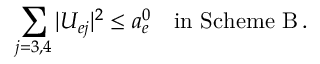
\sum _ { j = 3 , 4 } | U _ { e j } | ^ { 2 } \leq a _ { e } ^ { 0 } \quad \mathrm { i n ~ S c h e m e ~ B } \, .